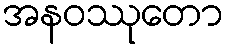
အနဝဿုတော